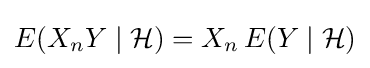
E(X_{n}Y\mid {\mathcal {H}})=X_{n}\,E(Y\mid {\mathcal {H}})